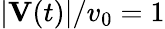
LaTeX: |\mathbf{V}(t)|/v_{0}=1